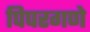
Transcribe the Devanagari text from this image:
पिपरगणे